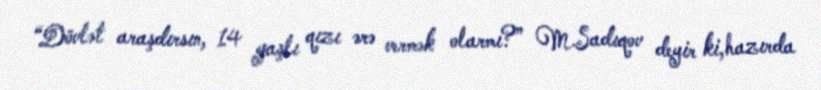
“Dövlət araşdırsın, 14 yaşlı qızı ərə vermək olarmı?” M.Sadıqov deyir ki,hazırda